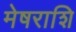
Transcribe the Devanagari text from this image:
मेषराशि